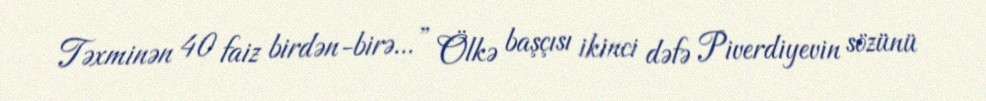
Təxminən 40 faiz birdən-birə...” Ölkə başçısı ikinci dəfə Piverdiyevin sözünü